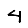
Digit: 4